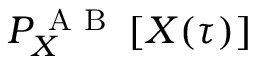
P _ { X } ^ { \mathrm { ~ A ~ B ~ } } \left[ X ( \tau ) \right]